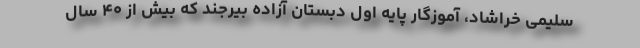
سلیمی خراشاد، آموزگار پایه اول دبستان آزاده بیرجند که بیش از ۴۰ سال